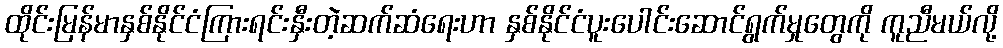
ထိုင်းမြန်မာနှစ်နိုင်ငံကြားရင်းနှီးတဲ့ဆက်ဆံရေးဟာ နှစ်နိုင်ငံပူးပေါင်းဆောင်ရွက်မှုတွေကို ကူညီမယ်လို့